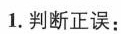
1.判断正误：